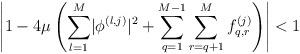
LaTeX: \begin{align*} \left\lvert 1-4 \mu\left(\sum_{l=1}^{M}\lvert\phi^{\left(l,j\right)}\rvert^2+\sum_{q=1}^{M-1}\sum_{r=q+1}^{M}f_{q,r}^{\left(j\right)}\right)\right\rvert<1\end{align*}